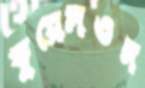
ফুয়েলওস